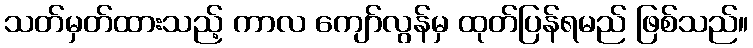
သတ်မှတ်ထားသည့် ကာလ ကျော်လွန်မှ ထုတ်ပြန်ရမည် ဖြစ်သည်။